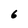
Character: 6